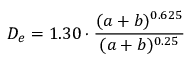
D _ { e } = 1 . 3 0 \cdot { \frac { ( a + b ) ^ { 0 . 6 2 5 } } { ( a + b ) ^ { 0 . 2 5 } } }